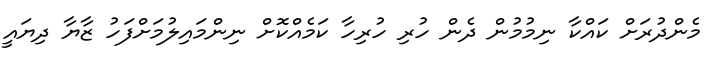
މެންދުރަށް ކައްކާ ނިމުމުން ދެން ހުރި ހުރިހާ ކަމެއްކޮށް ނިންމައިލުމަށްފަހު ޒާޔާ ދިޔައީ